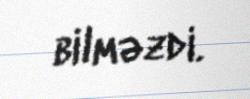
bilməzdi.